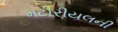
મટીરીયલની